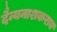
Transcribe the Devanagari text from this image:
दैन्यनाशकराय